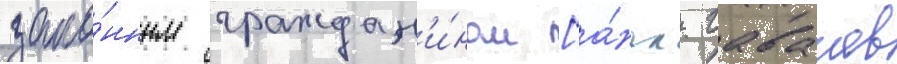
зако́нным граждан'и́ном [а́нгл. гаваиев